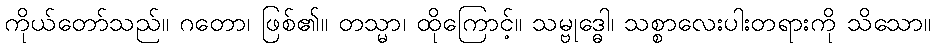
ကိုယ်တော်သည်။ ဂတော၊ ဖြစ်၏။ တသ္မာ၊ ထိုကြောင့်။ သမ္ဗုဒ္ဓေါ၊ သစ္စာလေးပါးတရားကို သိသော။